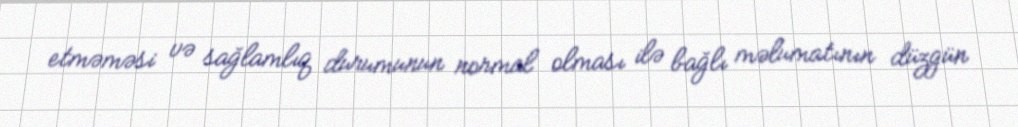
etməməsi və sağlamlıq durumunun normal olması ilə bağlı məlumatının düzgün